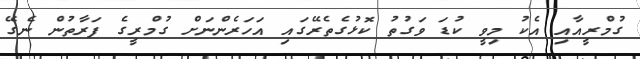
ގުމްރީއާއި އެކު މިވީ ކުޑަ ވަގުތު ކޮޅުގެތެރޭގައި އަހަރެންނަށް ގުމްރީގެ ފަރާތުން ނެގޭ